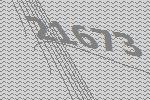
21673